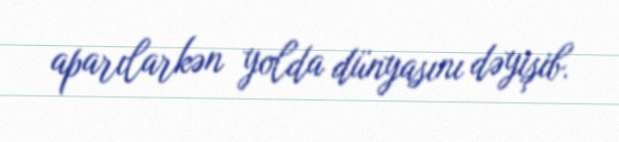
aparılarkən yolda dünyasını dəyişib.